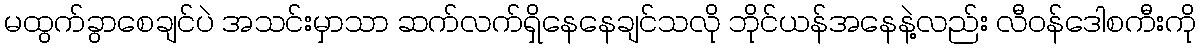
မထွက်ခွာစေချင်ပဲ အသင်းမှာသာ ဆက်လက်ရှိနေနေချင်သလို ဘိုင်ယန်အနေနဲ့လည်း လီဝန်ဒေါစကီးကို